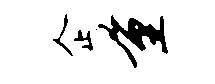
企量